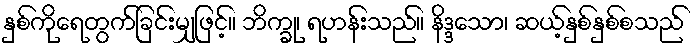
နှစ်ကိုရေတွက်ခြင်းမျှဖြင့်။ ဘိက္ခု၊ ရဟန်းသည်။ နိဒ္ဒသော၊ ဆယ့်နှစ်နှစ်စသည်